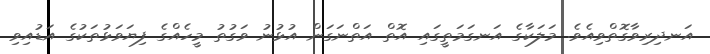
އަނދިރިވާގޮތްވިއެވެ. މަލަކާގެ އަނގަމަތީގައި އޮތް އަތްނަގަން އުޅުނު ވަގުތު މީހެއްގެ ފިޔަވަޅުތަކުގެ އަޑުއިވި